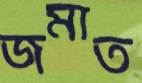
জমাত